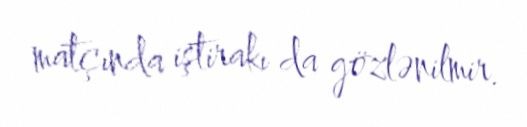
matçında iştirakı da gözlənilmir.